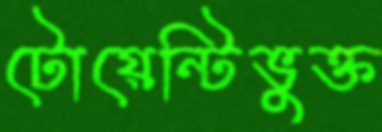
টোয়েন্টিভুক্ত